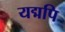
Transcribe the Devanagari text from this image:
यद्मपि